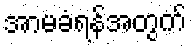
အာမခံရန်အတွက်